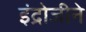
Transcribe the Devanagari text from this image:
इंद्रोजीने